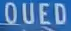
QUED